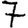
Digit: 7